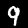
Label: 9